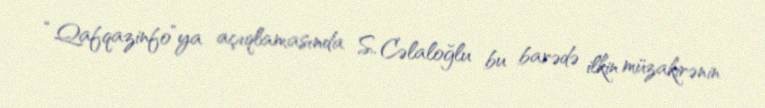
“Qafqazinfo”ya açıqlamasında S. Cəlaloğlu bu barədə ilkin müzakirənin